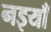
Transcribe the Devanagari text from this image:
नइयाँ